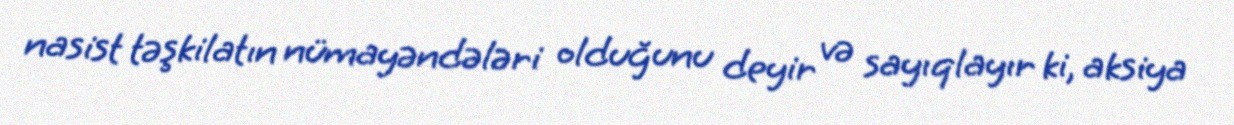
nasist təşkilatın nümayəndələri olduğunu deyir və sayıqlayır ki, aksiya